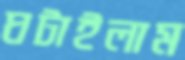
ঘটাইলাম